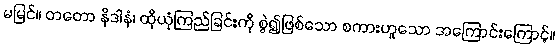
မမြင်။ တတော နိဒါနံ၊ ထိုယုံကြည်ခြင်းကို စွဲ၍ဖြစ်သော စကားဟူသော အကြောင်းကြောင့်။